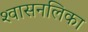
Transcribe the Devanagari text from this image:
श्‍वासनलिका